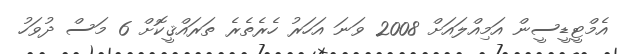
އެމްޓީޑީސީން އަމިއްލައަށް 2008 ވަނަ އަހަރު ހެރެތެރެ ތަރައްޤީކޮށް 6 މަސް ދުވަހު